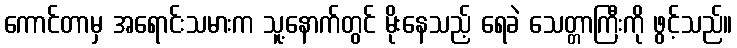
ကောင်တာမှ အရောင်းသမားက သူ့နောက်တွင် မိုးနေသည့် ရေခဲ သေတ္တာကြီးကို ဖွင့်သည်။